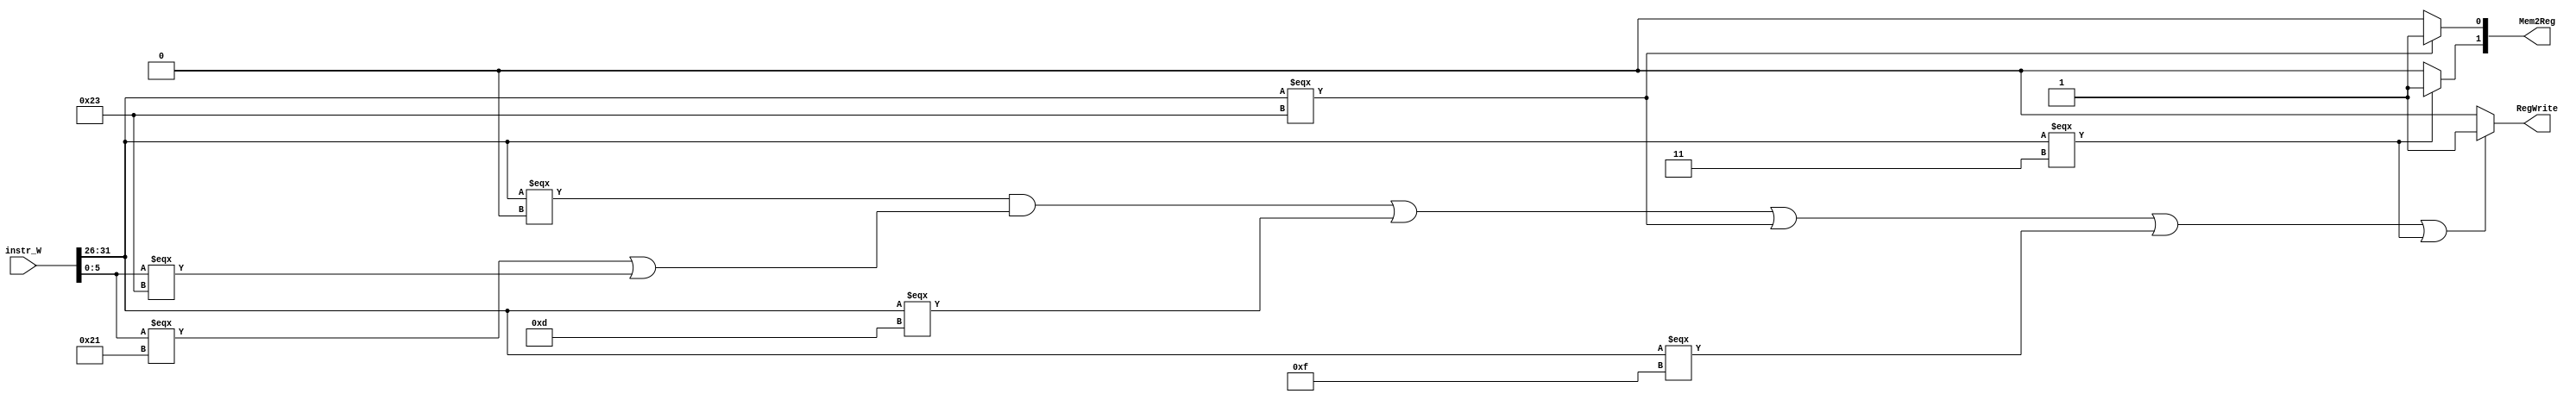
`timescale 1ns / 1ps
//////////////////////////////////////////////////////////////////////////////////
// Company: 
// Engineer: 
// 
// Design Name: 
// Module Name:    controller_W 
// Project Name: 
// Target Devices: 
// Tool versions: 
// Description: 
//
// Dependencies: 
//
// Revision: 
// Revision 0.01 - File Created
// Additional Comments: 
//
//////////////////////////////////////////////////////////////////////////////////
`define op 31:26
`define funct 5:0
`define cal_r_op 6'b000000
`define addu_f 6'b100001
`define subu_f 6'b100011
`define ori 6'b001101
`define lw 6'b100011
`define sw 6'b101011
`define beq 6'b000100
`define lui 6'b001111
`define j 6'b000010
`define jal 6'b000011
`define jr_f 6'b001000
module controller_W(
    input [31:0] instr_W,
    output [1:0] Mem2Reg,
    output RegWrite
    );
	 
	 assign Mem2Reg[1] = (instr_W[`op] === `jal)?1:0;
	 assign Mem2Reg[0] = (instr_W[`op] === `lw)?1:0;
	 assign RegWrite = ((instr_W[`op] === 6'b000000 && (instr_W[`funct] === 6'b100001 || 
								instr_W[`funct] === 6'b100011)) || instr_W[`op] === 6'b001101 || 
								instr_W[`op] === 6'b100011 || instr_W[`op] === 6'b001111 || instr_W[`op] === 6'b000011)?1:0;


endmodule